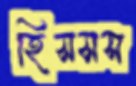
হিসসস